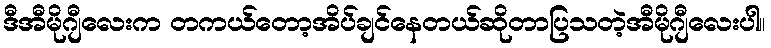
ဒီအီမိုဂျီလေးက တကယ်တော့အိပ်ချင်နေတယ်ဆိုတာပြသတဲ့အီမိုဂျီလေးပါ။